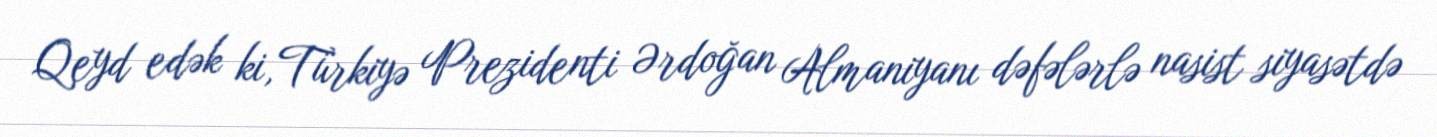
Qeyd edək ki, Türkiyə Prezidenti Ərdoğan Almaniyanı dəfələrlə nasist siyasətdə